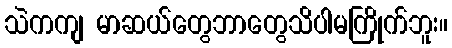
သဲကကျ မာဆယ်တွေဘာတွေသိပါမကြိုက်ဘူး။